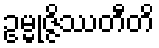
ဥမ္မုဇ္ဇိဿတီတိ